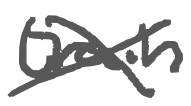
Text: train
Cross-out: cross
Writing tool: digital_gray